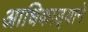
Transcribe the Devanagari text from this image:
आधिकाड़्याने